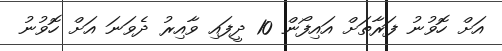
އަށް ހޮވުނު ފަރާތަށް އައިފޯން 10 ދީފައި ވާއިރު ދެވަނަ އަށް ހޮވުނު